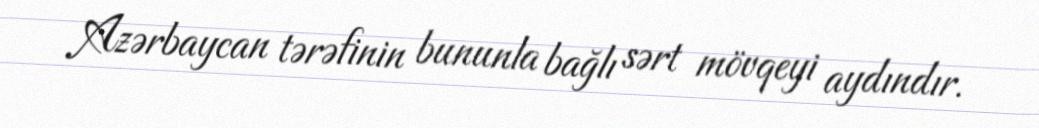
Azərbaycan tərəfinin bununla bağlı sərt mövqeyi aydındır.